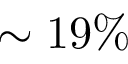
\sim 1 9 \%